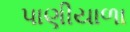
પાણીયાળા